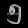
Digit: ၅